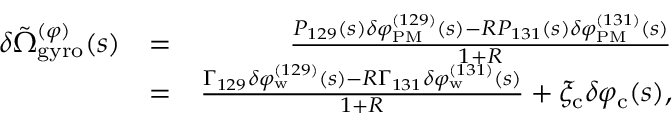
\begin{array} { r l r } { \delta \tilde { \Omega } _ { \mathrm { g y r o } } ^ { ( \varphi ) } ( s ) } & { = } & { \frac { P _ { 1 2 9 } ( s ) \delta \varphi _ { \mathrm { P M } } ^ { ( 1 2 9 ) } ( s ) - R P _ { 1 3 1 } ( s ) \delta \varphi _ { \mathrm { P M } } ^ { ( 1 3 1 ) } ( s ) } { 1 + R } } \\ & { = } & { \frac { \Gamma _ { 1 2 9 } \delta \varphi _ { \mathrm { w } } ^ { ( 1 2 9 ) } ( s ) - R \Gamma _ { 1 3 1 } \delta \varphi _ { \mathrm { w } } ^ { ( 1 3 1 ) } ( s ) } { 1 + R } + \xi _ { \mathrm { c } } \delta \varphi _ { \mathrm { c } } ( s ) , } \end{array}